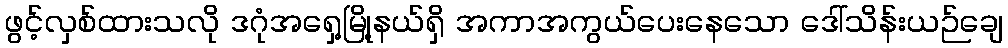
ဖွင့်လှစ်ထားသလို ဒဂုံအရှေ့မြို့နယ်ရှိ အကာအကွယ်ပေးနေသော ဒေါ်သိန်းယဉ်ချေ